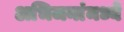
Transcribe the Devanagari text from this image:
अभिजनांमध्ये